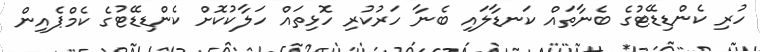
ހުރި ކެންޑިޑޭޓުގެ ބެނާތައް ކަނޑާލައި ބެނާ ހަރުކުރި ހޮޅިތައް ހަލާކުކޮށް ކެންޑިޑޭޓުގެ ކެމްޕެއިން